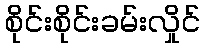
စိုင်းစိုင်းခမ်းလှိုင်